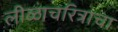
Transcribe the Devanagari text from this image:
लीळाचरित्राचा